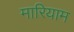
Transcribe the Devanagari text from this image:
मारियाम